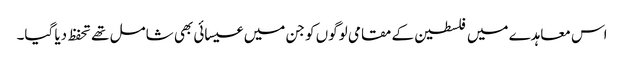
اس معاہدے میں فلسطین کے مقامی لوگوں کو جن میں عیسائی بھی شامل تھے تحفظ دیا گیا۔